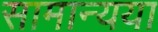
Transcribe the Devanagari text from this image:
सामान्यया